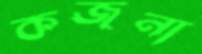
কজনা